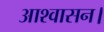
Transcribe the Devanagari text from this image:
आश्‍वासन।